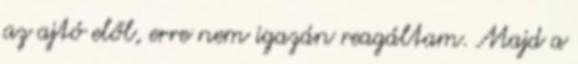
az ajtó elől, erre nem igazán reagáltam. Majd a